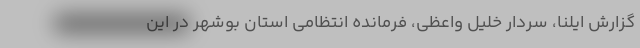
گزارش ایلنا، سردار خلیل واعظی، فرمانده انتظامی استان بوشهر در این